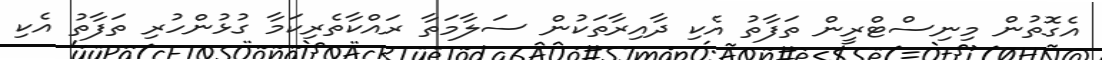
އެގޮތުން މިނިސްޓްރީން ތަފާތު އެކި ދާއިރާތަކުން ސަލާމަތާ ރައްކާތެރިކަމާ ގުޅުންހުރި ތަފާތު އެކި